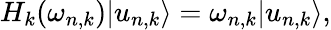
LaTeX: H_{k}(\omega_{n,k})|u_{n,k}\rangle=\omega_{n,k}|u_{n,k}\rangle,